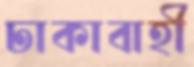
ঢাকাবাহী